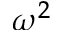
\omega ^ { 2 }